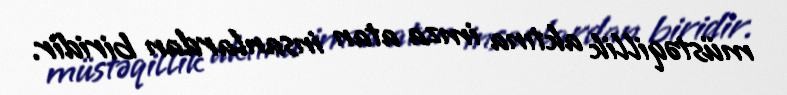
müstəqillik aktına imza atan insanlardan biridir.